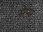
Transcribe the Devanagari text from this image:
सेप्स